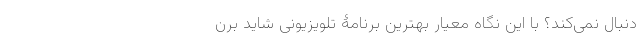
دنبال نمی‌کند؟ با این نگاه معیار بهترین برنامۀ تلویزیونی شاید برن